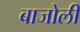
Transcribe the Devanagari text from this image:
बाजोली